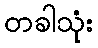
တခါသုံး